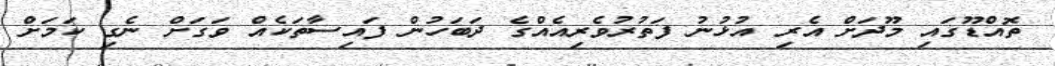
ތޮއްޑޫގައި މޫދަށް އެރި އުޅުނު ފަތުރުވެރިއެއްގެ ދަބަހުން ފައިސާތަކެއް ވަގަށް ނެގި ކަމަށް